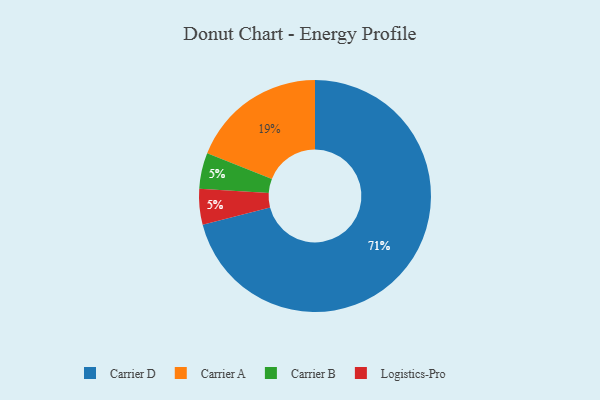
{"axis": {"x": "Category", "y": "Percentage"}, "legend": ["Carrier A", "Carrier B", "Carrier D", "Logistics-Pro"], "data": [{"x": "Carrier B", "y": 5, "type": "Carrier B"}, {"x": "Carrier D", "y": 71, "type": "Carrier D"}, {"x": "Logistics-Pro", "y": 5, "type": "Logistics-Pro"}, {"x": "Carrier A", "y": 19, "type": "Carrier A"}]}